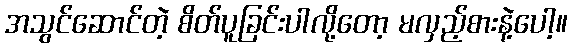
အသွင်ဆောင်တဲ့ စိတ်ပူခြင်းပါလို့တော့ မလှည့်စားနဲ့ပေါ့။